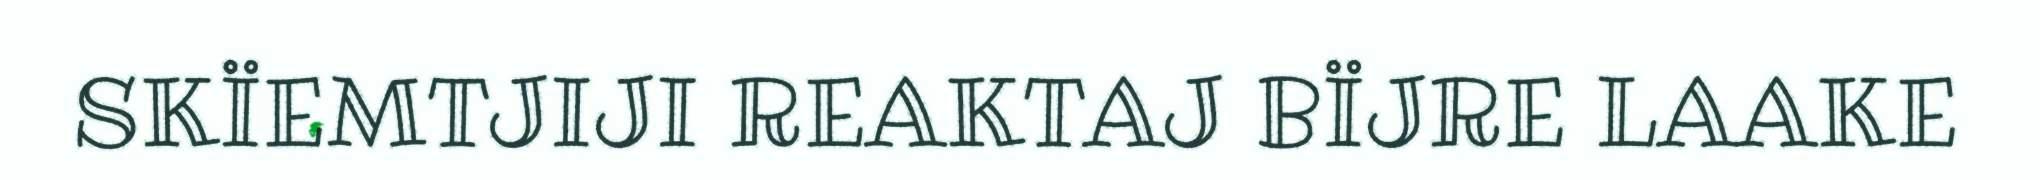
SKÏEMTJIJI REAKTAJ BÏJRE LAAKE